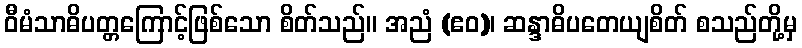
ဝီမံသာဓိပတ္တကြောင့်ဖြစ်သော စိတ်သည်။ အညံ (ဧဝ)၊ ဆန္ဒာဓိပတေယျစိတ် စသည်တို့မှ